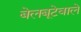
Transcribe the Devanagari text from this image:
बेलबूटेवाले